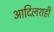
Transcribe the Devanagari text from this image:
आदिलशही